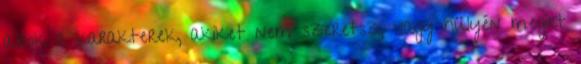
azok a karakterek, akiket nem szeretsz, vagy hülyén megírt